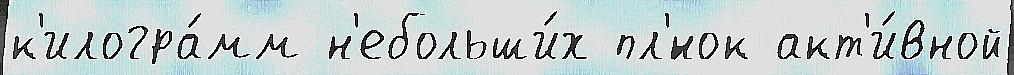
к'илогра́мм н'ебольши́х пл'́нок акт'и́вной